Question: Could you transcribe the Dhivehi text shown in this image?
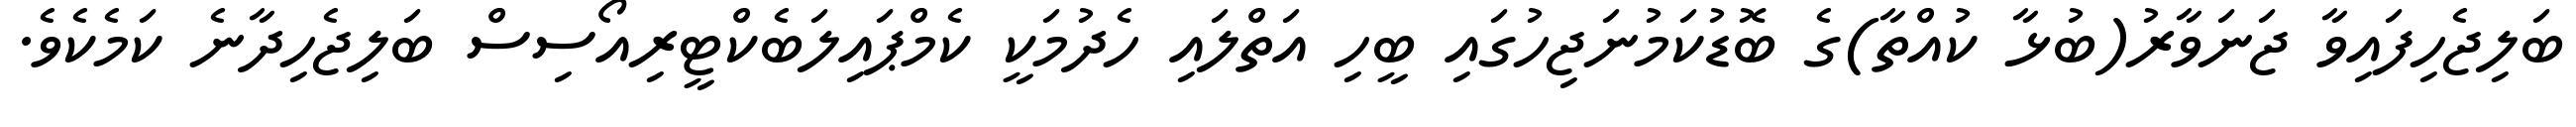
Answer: ބަލިޖެހިފައިވާ ޖަނަވާރު(ބުޅާ ކުއްތާ)ގެ ބޮޑުކަމުނަޖިހުގައި ބީހި އަތްލައި ހެދުމަކީ ކެމްޕައިލަބެކްޓީރިއޯސިސް ބަލިޖެހިދާނެ ކަމެކެވެ.